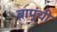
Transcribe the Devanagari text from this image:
बापूंची